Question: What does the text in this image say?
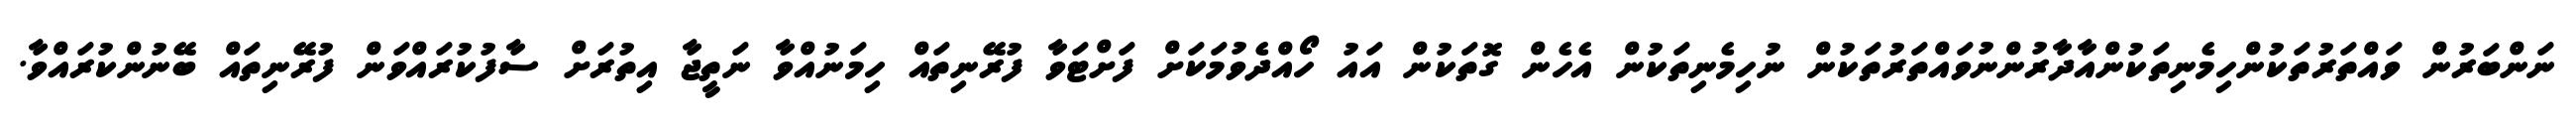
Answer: ނަންބަރުން ވައްތަރުތަކުންހިމެނިތަކުންއާދާރުންނުވައްތަރުތަކުން ނުހިމެނިތަކުން އެހެން ގޮތަކުން އައު ހޯއްދެވުމަކަށް ފަށްޓަވާ ފުރޭނިތައް ހިމަނުއްވާ ނަތީޖާ އިތުރަށް ސާފުކުރައްވަން ފުރޭނިތައް ބޭނުންކުރައްވާ.